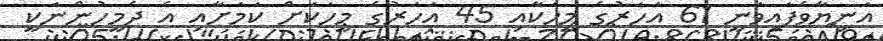
އަނިޔާވެފައިވަނީ 61 އަހަރުގެ މީހަކާއި 45 އަހަރުގެ މީހަކަށް ކަމަށާއި އެ ދެމީހުންނަކީ